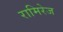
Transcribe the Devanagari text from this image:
रामिरेज